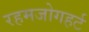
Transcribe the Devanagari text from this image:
रहमजोगहर्ट